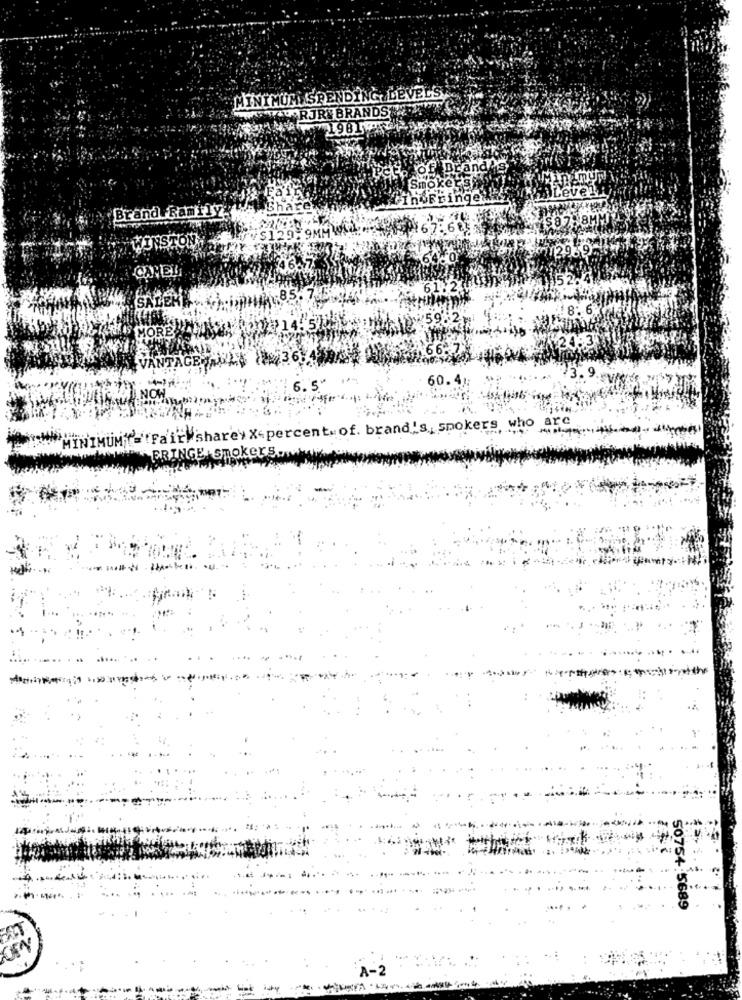
MINIMUM SPENDING, DEVELS
KAUORJR BRANDS
1981
of Brand
Smoke
Lever
In Fringe:
BrandFRamily
Bha
$87.8M
$129.9MMWA
WINSTON
CAMEL
152
SALEME
8:
THIS MORE
66.7
VANTAGE UL
60.41
INO
6.5
MUMTE Fair sharey X-percent. of. brand's, spokers, who ar
MYK
FRINGE Smokers.
50754:5689
A-2